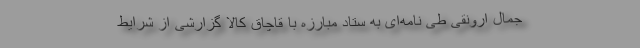
جمال ارونقی طی نامه‌ای به ستاد مبارزه با قاچاق کالا گزارشی از شرایط